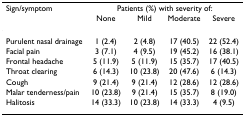
| Sign/symptom | <COLSPAN=4> Patients (%) with severity of: |
 |  | None | Mild | Moderate | Severe |
 | --- | --- | --- | --- | --- |
 | Purulent nasal drainage | 1 (2.4) | 2 (4.8) | 17 (40.5) | 22 (52.4) |
 | Facial pain | 3 (7.1) | 4 (9.5) | 19 (45.2) | 16 (38.1) |
 | Frontal headache | 5 (11.9) | 5 (11.9) | 15 (35.7) | 17 (40.5) |
 | Throat clearing | 6 (14.3) | 10 (23.8) | 20 (47.6) | 6 (14.3) |
 | Cough | 9 (21.4) | 9 (21.4) | 12 (28.6) | 12 (28.6) |
 | Malar tenderness/pain | 10 (23.8) | 9 (21.4) | 15 (35.7) | 8 (19.0) |
 | Halitosis | 14 (33.3) | 10 (23.8) | 14 (33.3) | 4 (9.5) |